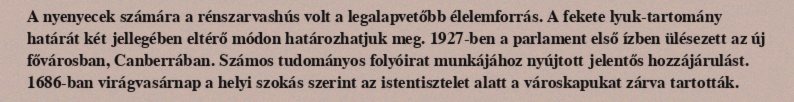
A nyenyecek számára a rénszarvashús volt a legalapvetőbb élelemforrás. A fekete lyuk-tartomány határát két jellegében eltérő módon határozhatjuk meg. 1927-ben a parlament első ízben ülésezett az új fővárosban, Canberrában. Számos tudományos folyóirat munkájához nyújtott jelentős hozzájárulást. 1686-ban virágvasárnap a helyi szokás szerint az istentisztelet alatt a városkapukat zárva tartották.